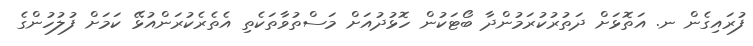
ފުރައިގެން ނ. އަތޮޅަށް ދަތުރުކުރަމުންދާ ބޯޓަކުން ހޮޅުދުއަށް މަސްތުވާތަކެތި އެތެރެކުރަންއުޅޭ ކަމަށް ފުލުހުންގެ